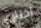
اختاري